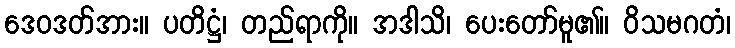
ဒေဝဒတ်အား။ ပတိဋ္ဌံ၊ တည်ရာကို။ အဒါသိ၊ ပေးတော်မူ၏။ ဝိသမဂတံ၊